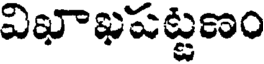
విఖాఖపట్టణం